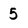
Character: 5